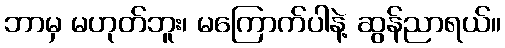
ဘာမှ မဟုတ်ဘူး၊ မကြောက်ပါနဲ့ ဆွန်ညာရယ်။